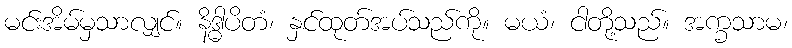
မင်းအိမ်မှသာလျှင်။ နိဒ္ဓါပိတံ၊ နှင်ထုတ်အပ်သည်ကို။ မယံ၊ ငါတို့သည်။ အက္ခသာမ၊